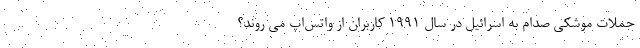
حملات موشکی صدام به اسرائیل در سال ۱۹۹۱ کاربران از واتس‌اپ می روند؟